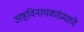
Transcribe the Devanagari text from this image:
अष्टविनायकांप्रमाणे